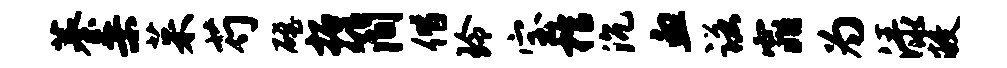
蓁桑茱芍磴拓简偕玲宝棺沉血诺窕为渌敝